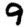
Digit: 9